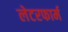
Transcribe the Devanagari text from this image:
लेटरफार्म